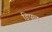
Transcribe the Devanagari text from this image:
डिपल